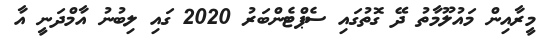
މީރާއިން މައުލޫމާތު ދޭ ގޮތުގައި ސެޕްޓެންބަރު 2020 ގައި ލިބުނު އާމްދަނީ އާ